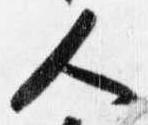
人